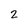
Character: 2